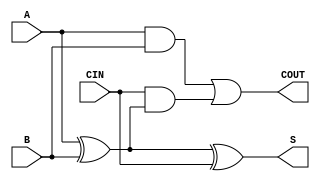
// -----------------------------------------------------------------------------------------
// Version | Programmer                                     | Date       | Remark   
// -----------------------------------------------------------------------------------------
// V1      | Dr Kwen-Siong Chong (kschong@ntu.edu.sg)       | 31/07/2013 | Initial version
// -----------------------------------------------------------------------------------------  
//
// The code is a behavioural code for a full adder
// The code is for teaching purpose in the NTU-TUM class, NM6008. 

module FullAdder (  //inputs
					CIN,
					A,
					B,
					//outputs
					S, COUT);

input CIN;
input A;
input B;

output S;
output COUT;

assign S = A ^ B ^ CIN;
assign COUT = (A & B) | (CIN & (A ^ B));

endmodule